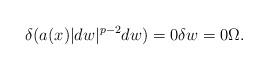
LaTeX: \begin{align*}\delta ( a(x) \lvert dw \rvert^{p-2} dw ) = 0 \delta w = 0 \Omega. \end{align*}